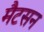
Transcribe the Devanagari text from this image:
मैटसन